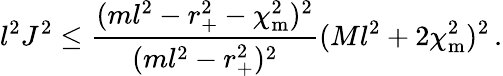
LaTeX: l^{2}J^{2}\leq\frac{(ml^{2}-r_{+}^{2}-\chi_{\mathrm{m}}^{2})^{2}}{(ml^{2}-r_{+}^{2})^{2}}(Ml^{2}+2\chi_{\mathrm{m}}^{2})^{2}\, .